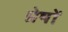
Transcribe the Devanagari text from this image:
प्रेषों